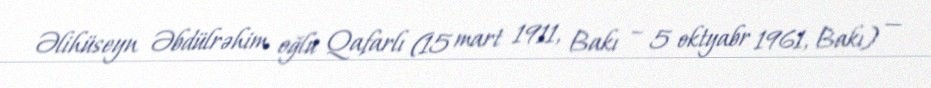
Əlihüseyn Əbdülrəhim oğlu Qafarlı (15 mart 1911, Bakı – 5 oktyabr 1961, Bakı) —